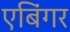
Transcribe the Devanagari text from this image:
एबिंगर